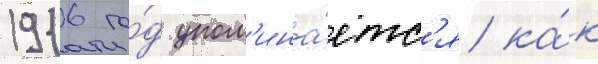
1916 го́д упом'ина́етс'я ка́к